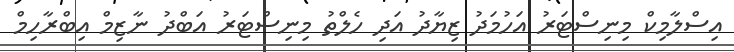
އިސްލާމިކް މިނިސްޓަރު އަހުމަދު ޒިޔާދު އަދި ހެލްތު މިނިސްޓަރު އަބްދު ނާޒިމް އިބްރާހިމް